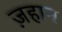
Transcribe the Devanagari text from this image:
ज़हान